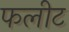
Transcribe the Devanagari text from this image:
फलीट